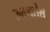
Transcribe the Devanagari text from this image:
उमगलेले